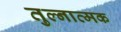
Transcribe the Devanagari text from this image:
तुल्नात्मक